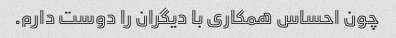
چون احساس همکاری با دیگران را دوست دارم.